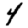
Digit: 4